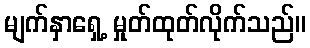
မျက်နှာရှေ့ မှုတ်ထုတ်လိုက်သည်။